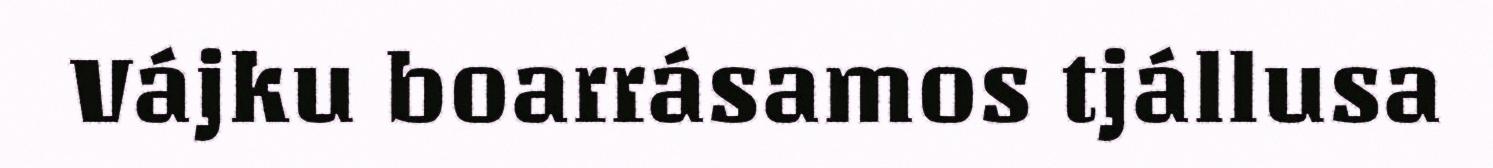
Vájku boarrásamos tjállusa